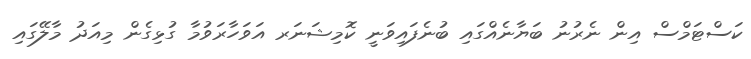
ކަސްޓަމްސް އިން ނެރުނު ބަޔާނެއްގައި ބުނެފައިވަނީ ކޮމިޝަނަރ އަވަހާރަވުމާ ގުޅިގެން މިއަދު މާލޭގައި